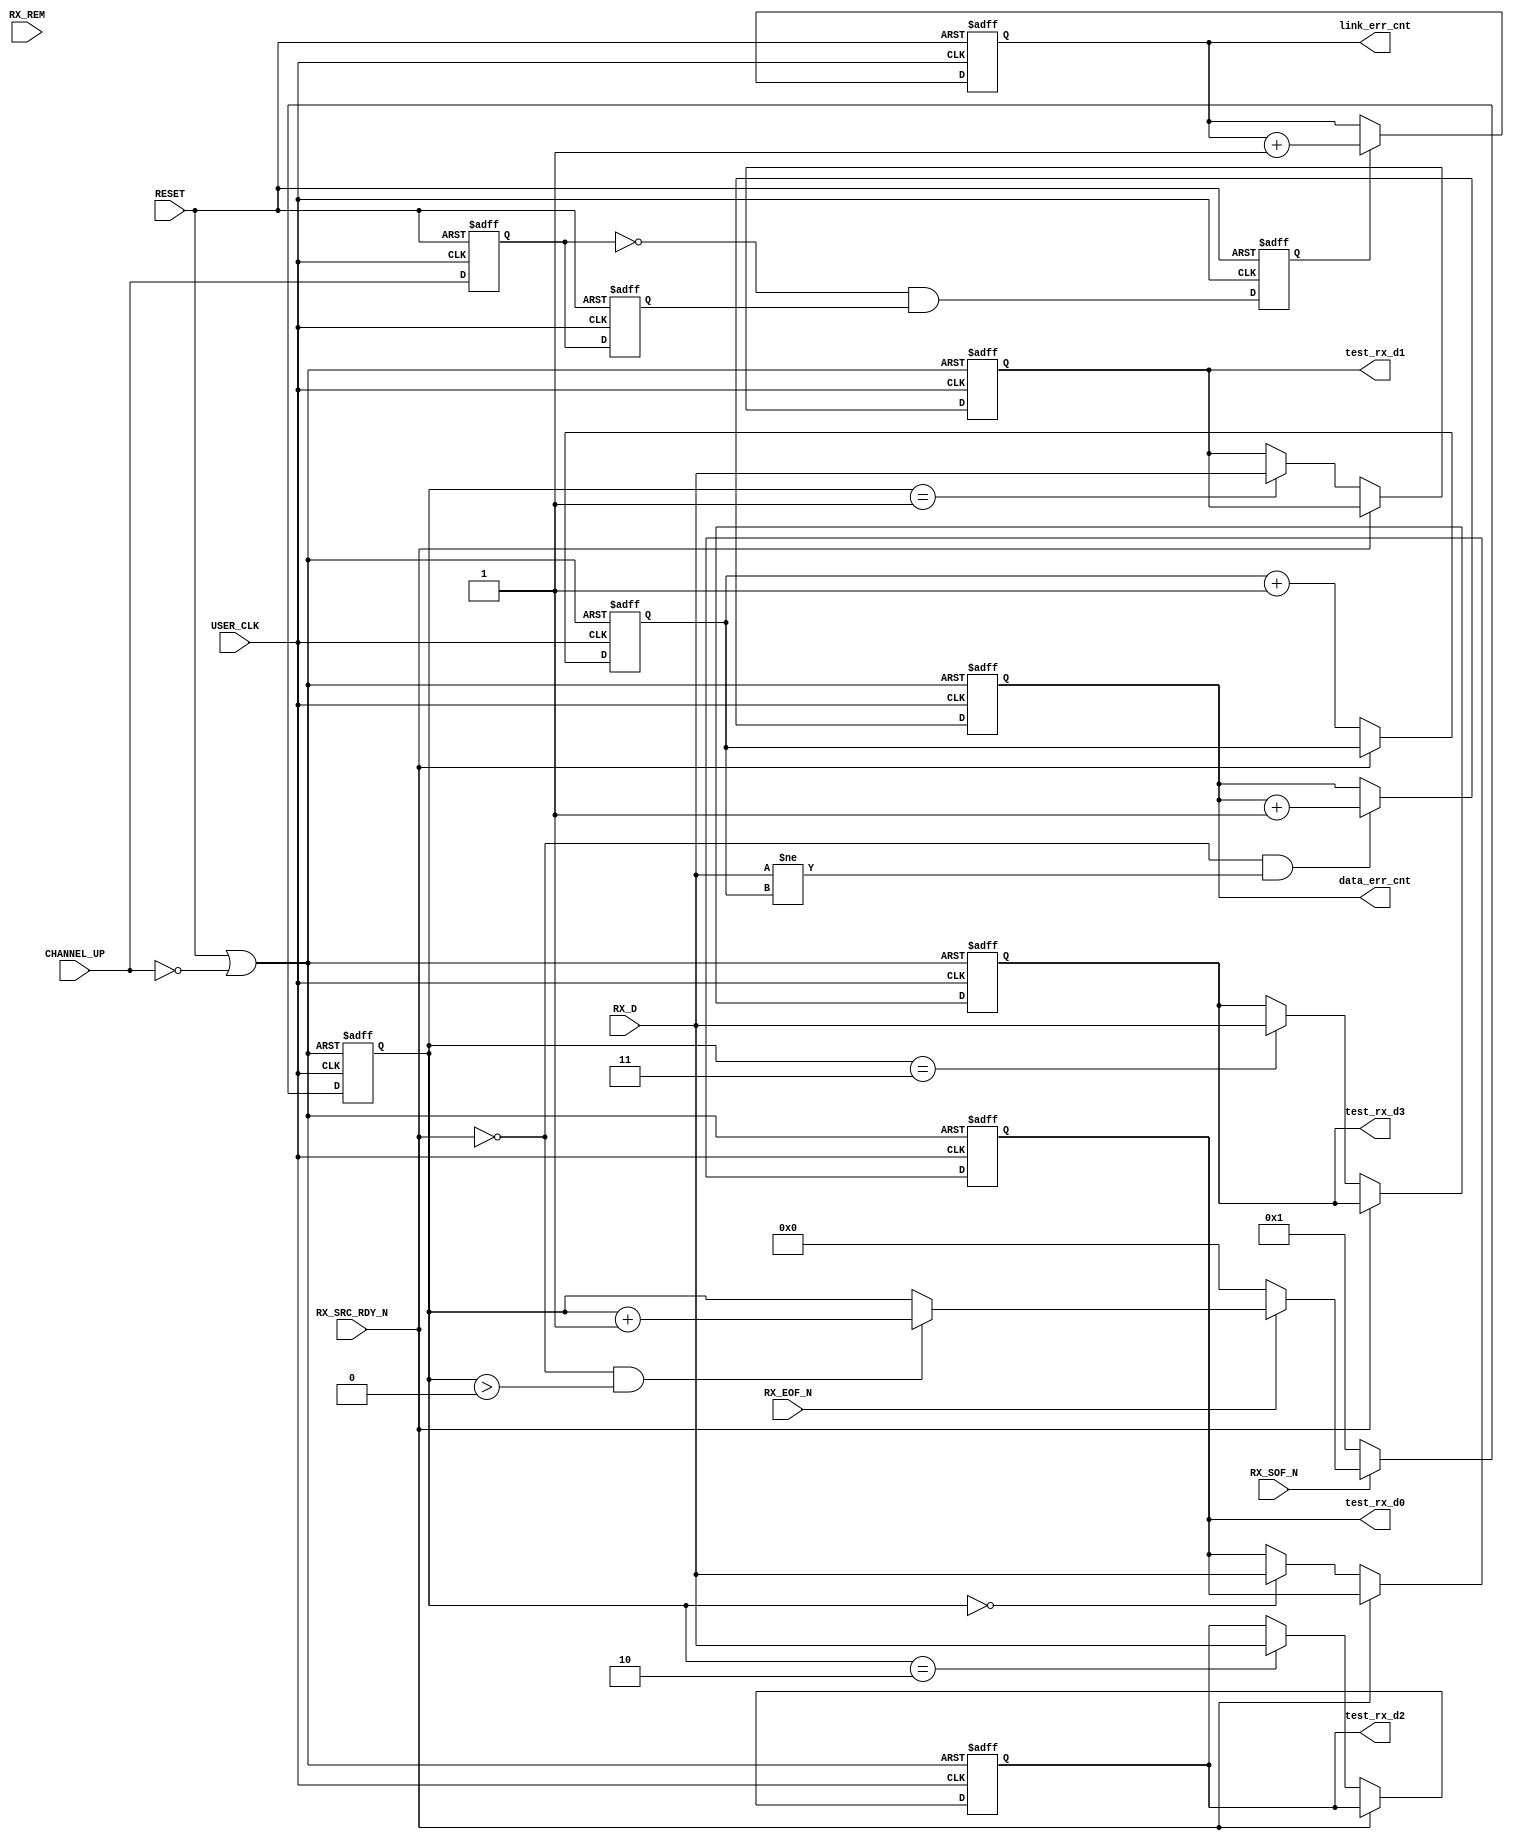
module aurora_8b10b_v8_3_FRAME_CHECK
(
    // User Interface
    RX_D, 
    RX_REM,    
    RX_SOF_N,      
    RX_EOF_N,
    RX_SRC_RDY_N,

    // System Interface
    USER_CLK,      
    RESET,
    CHANNEL_UP,
    test_rx_d0,
    test_rx_d1,
    test_rx_d2,
    test_rx_d3,
    data_err_cnt,
    link_err_cnt
);

//***********************************Port Declarations*******************************

    // User Interface
    input   [0:15]     RX_D;
    input              RX_REM;
    input              RX_SOF_N;
    input              RX_EOF_N;
    input              RX_SRC_RDY_N;
    // System Interface
    input              USER_CLK;
    input              RESET;
    input              CHANNEL_UP;
    
    output  [15:0]     test_rx_d0;
    output  [15:0]     test_rx_d1;
    output  [15:0]     test_rx_d2;
    output  [15:0]     test_rx_d3;
    output  [15:0]     data_err_cnt;
    output  [15:0]     link_err_cnt;
    
    wire               rst;
    reg     [15:0]     test_rx_d0;
    reg     [15:0]     test_rx_d1;
    reg     [15:0]     test_rx_d2;
    reg     [15:0]     test_rx_d3;
    reg     [7:0]      count;
    reg     [15:0]     check_data;
    reg     [15:0]     data_err_cnt;
    reg                channel_up_1dly;
    reg                channel_up_2dly;
    reg                neg_channel_up;
    reg     [15:0]     link_err_cnt;

assign rst = RESET || !CHANNEL_UP;

always@(posedge USER_CLK or posedge rst)
begin
    if(rst==1'b1)
    begin
        count   <=  8'h00;
    end
    else if(RX_SOF_N==1'b0)
    begin
        count   <=  8'h01;
    end
    else if(RX_EOF_N==1'b0)
    begin
        count   <=  8'h00;
    end
    else if((RX_SRC_RDY_N==1'b0) && (count>0))
    begin
        count   <=  count + 'h1;
    end
end

always@(posedge USER_CLK or posedge rst)
begin
    if(rst==1'b1)
    begin
        test_rx_d0  <=  16'h0000;
        test_rx_d1  <=  16'h0000;
        test_rx_d2  <=  16'h0000;
        test_rx_d3  <=  16'h0000;
    end
    else if(RX_SRC_RDY_N==1'b0)
    begin
        case(count)
        8'h00:  test_rx_d0  <=  RX_D[0:15];
        8'h01:  test_rx_d1  <=  RX_D[0:15];
        8'h02:  test_rx_d2  <=  RX_D[0:15];
        8'h03:  test_rx_d3  <=  RX_D[0:15];
        default:;
        endcase
    end
end

always@(posedge USER_CLK or posedge rst)
begin
    if(rst==1'b1)
    begin
        check_data  <=  16'h0000;
    end
    else if(RX_SRC_RDY_N==1'b0)
    begin
        check_data  <=  check_data + 'h1;
    end
end

always@(posedge USER_CLK or posedge rst)
begin
    if(rst==1'b1)
    begin    
        data_err_cnt    <=  16'h0000;
    end
    else if((RX_SRC_RDY_N==1'b0) && (RX_D!=check_data))
    begin
        data_err_cnt    <=  data_err_cnt + 'h1;
    end
end

always@(posedge USER_CLK or posedge RESET)
begin
    if(RESET==1'b1)
    begin
        channel_up_1dly <=  1'b0;
        channel_up_2dly <=  1'b0;
        neg_channel_up  <=  1'b0;
    end
    else
    begin
        channel_up_1dly <=  CHANNEL_UP;
        channel_up_2dly <=  channel_up_1dly;
        neg_channel_up  <=  (~channel_up_1dly) & channel_up_2dly;
    end
end     

always@(posedge USER_CLK or posedge RESET)
begin
    if(RESET==1'b1)
    begin
        link_err_cnt    <=  16'h0000;
    end
    else if(neg_channel_up==1'b1)
    begin
        link_err_cnt    <=  link_err_cnt + 'h1;
    end
end

endmodule